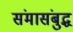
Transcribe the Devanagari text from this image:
संमासंबुद्ध